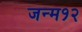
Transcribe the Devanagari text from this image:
जन्म१२